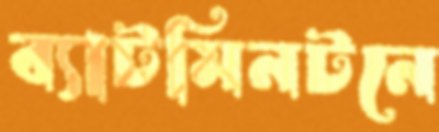
ব্যাটমিনটনে